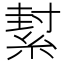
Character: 𦂌